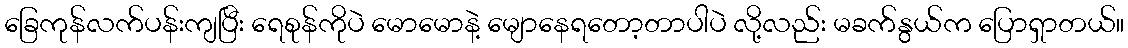
ခြေကုန်လက်ပန်းကျပြီး ရေစုန်ကိုပဲ မောမောနဲ့ မျောနေရတော့တာပါပဲ လို့လည်း မခက်နွယ်က ပြောရှာတယ်။